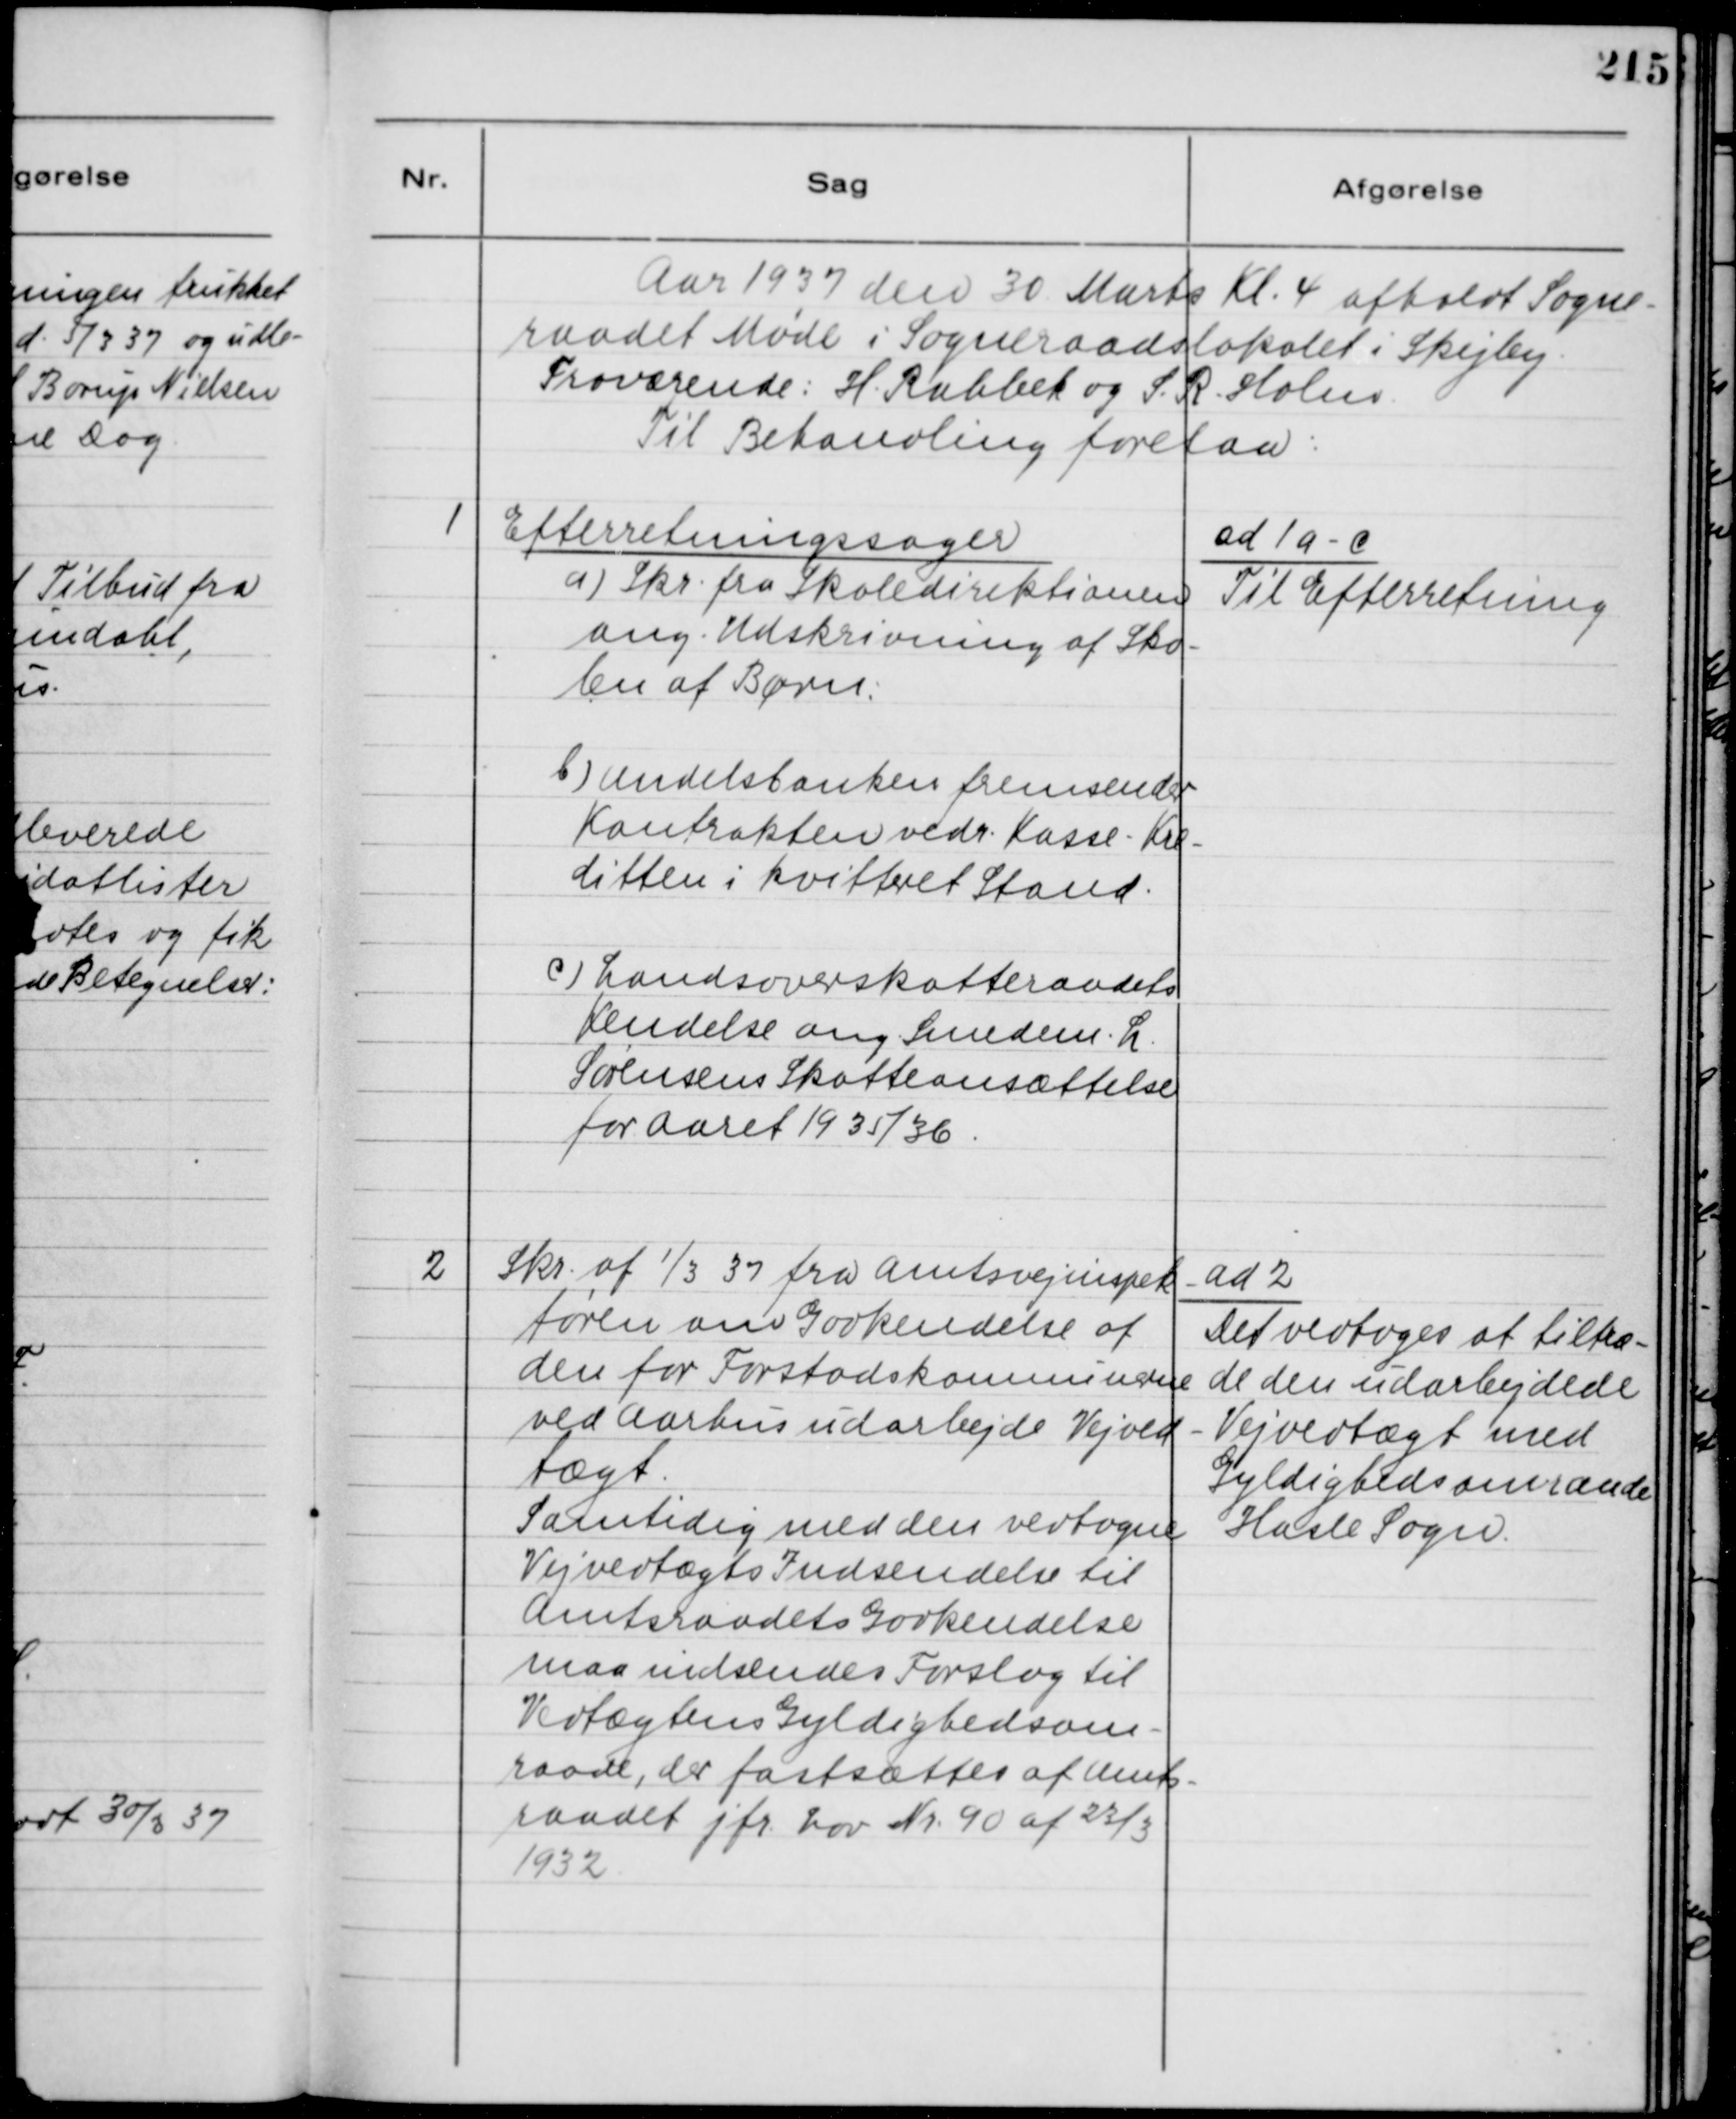
Transskription:
Aar 1937 den 30. Marts Kl. 4 afholdt Sogne-
raadet Møde i Sogneraadslokalet i Skejby.
Fraværende: H. Rahbek og S. R. Holm.
Til Behandling forelaa:

1
Efterretningssager
a) Skr. fra Skoledirektionen
ang. Udskrivning af Sko-
len af Børn:
b) Andelsbanken fremsender
Kontrakten vedr. Kasse-Kre-
ditten i kvitteret Stand.
c) Landsoverskatteraadets
Kendelse ang. Smedens. L.
Sørensens Skatteansættelse
for Aaret 1935/36.

ad 1 a-c
Til Efterretning

2
Skr.
1
/3 37 fra Amtsvejinspek-
tøren om Godkendelse af
den for Forstadskomnunerne
ved Aarhus udarbejde Vejved-
tægt.
Samtidig med den vedtagne
Vejvedtægts Indsendelse til
Amtsraadets Godkendelse
maa indsendes Forslag til
Vedtægtens Gyldighedsom-
raade, der fastsættes af Amts-
raadet jfr. Lov Nr. 90 af 23/3
1932.

ad 2
Det vedtoges at tiltræ-
de den udarbejdede
Vejvedtægt med
Gyldighedsdomraade
Hasle Sogn.